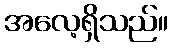
အလေ့ရှိသည်။